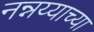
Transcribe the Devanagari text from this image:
नन्नय्याच्या